Annual report on the mental hospital in the Central Provinces and Berar (Nagpur) - 1927-1951
Year: 1927
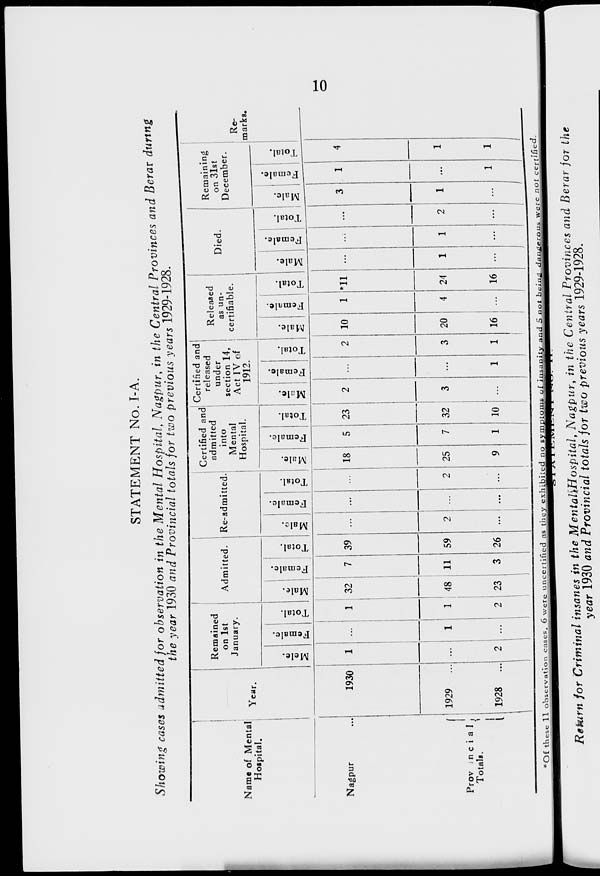
10
STATEMENT No. I-A.
Showing cases admitted for observation in the Mental Hospital, Nagpur, in the Central Provinces and Berar during
the year 1930 and Provincial totals for two previous years 1929-1928.
Name of Mental
Hospital.
Nagpur ...
Provincial
Totals.
Year.
1930
1929
...
1928
...
Remained
on 1st
January.
Male.
1
...
2
Female.
...
1
...
Total.
1
1
2
Admitted.
Male.
32
1
23
Female.
7
11
3
Total.
39
59
26
Re-admitted.
Male.
...
2
...
Female.
...
...
...
Total.
...
2
...
Certified and
admitted
into
Mental
Hospital.
Male.
18
25
9
Female.
5
7
1
Total.
23
32
10
Certified and
released
under
section 14,
Act IV of
1912.
Male.
2
3
...
Female.
...
...
1
Total.
2
3
1
Released
as un-
certifiable.
Male.
10
20
16
Female.
1
4
...
Total.
*11
24
16
Died.
Male.
...
1
...
Female.
...
1
...
Total.
...
2
...
Remaining
on 31st
December.
Male.
3
1
...
Female.
1
...
1
Total.
4
1
1
Re-
marks.
*Of these 11 observation cases, 6 were uncertified as they exhibited no symptoms of insanity and 5 not being dangerous
were not
certified.